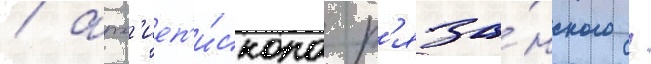
/ арх'иеп'и́скопа р'яза́нского /